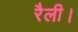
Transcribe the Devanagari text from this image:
रैली।